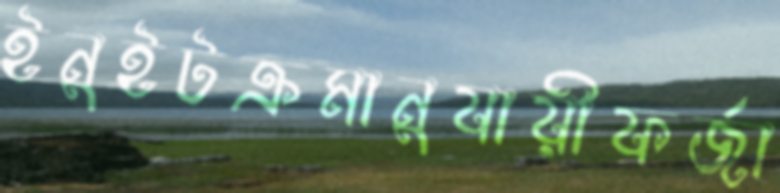
ইনুইটক্রমানুযায়ীফর্জা